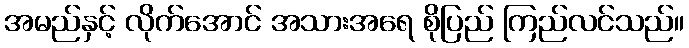
အမည်နှင့် လိုက်အောင် အသားအရေ စိုပြည် ကြည်လင်သည်။